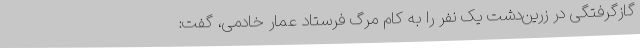
گازگرفتگی در زرین‌دشت یک نفر را به کام مرگ فرستاد عمار خادمی، گفت: